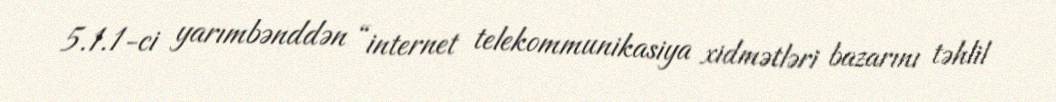
5.1.1-ci yarımbənddən “internet telekommunikasiya xidmətləri bazarını təhlil